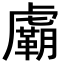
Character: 𧈉